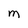
Character: M